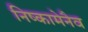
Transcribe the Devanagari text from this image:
निष्कामेनैव